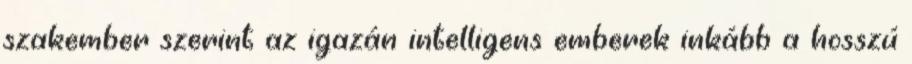
szakember szerint az igazán intelligens emberek inkább a hosszú